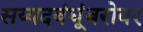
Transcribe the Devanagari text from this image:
सय्यदबंधूंबरोबर